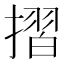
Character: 摺